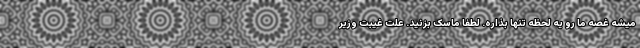
میشه غصه ما رو يه لحظه تنها بذاره. لطفا ماسک بزنید. علت غیبت وزیر